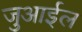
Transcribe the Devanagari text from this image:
जुआईल